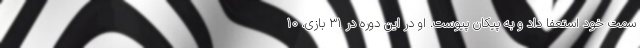
سمت خود استعفا داد و به پیکان پیوست. او در این دوره در 31 بازی، 10